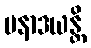
ပနာဒယန္တိ